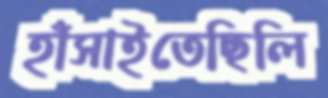
হাঁসাইতেছিলি